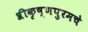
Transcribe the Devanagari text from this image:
श्रीकृष्णपुरमचे